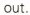
out.